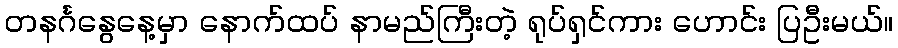
တနင်္ဂနွေနေ့မှာ နောက်ထပ် နာမည်ကြီးတဲ့ ရုပ်ရှင်ကား ဟောင်း ပြဦးမယ်။